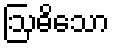
ဩဓိသော